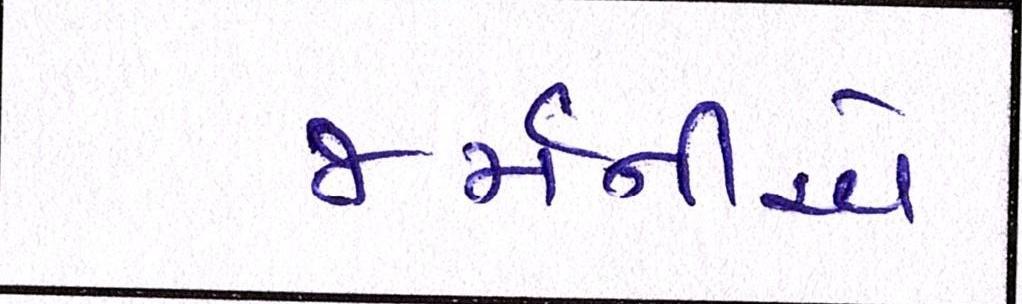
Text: જર્મનીએ